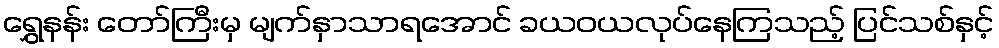
ရွှေနန်း တော်ကြီးမှ မျက်နှာသာရအောင် ခယဝယလုပ်နေကြသည့် ပြင်သစ်နှင့်